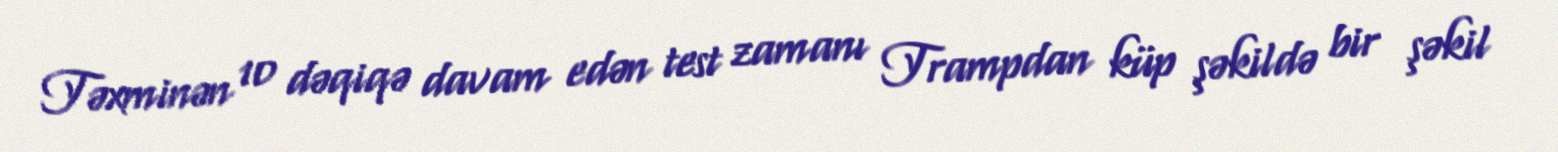
Təxminən 10 dəqiqə davam edən test zamanı Trampdan küp şəkildə bir şəkil